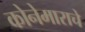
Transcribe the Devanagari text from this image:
कोनेमाराचे